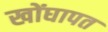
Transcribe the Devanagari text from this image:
खोंघापत